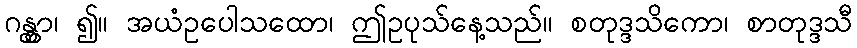
ဂန္တွာ၊ ၍။ အယံဥပေါသထော၊ ဤဥပုသ်နေ့သည်။ စတုဒ္ဒသိကော၊ စာတုဒ္ဒသီ